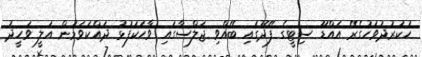
ހުކުރުދުވަހުގެރޭ އައްޑޫ ސިޓީގެ ފޭދޫގައި ބޭއްވި ޖަލްސާގައި ވާހަކަފުޅު ދައްކަވަމުން އަލީ ވަހީދު